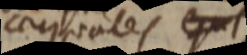
aequales e _